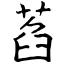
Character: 萏